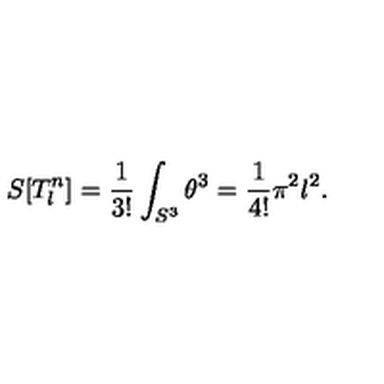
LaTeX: S [ T _ { l } ^ { n } ] = \frac 1 { 3 ! } \int _ { S ^ { 3 } } \theta ^ { 3 } = \frac 1 { 4 ! } \pi ^ { 2 } l ^ { 2 } .